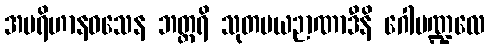
အပရိဟာနဝသေန ဘတ္တရိ သုတမယဉာဏာဒီနိ ဂေါမဏ္ဍလေ